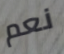
نعم